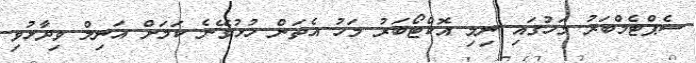
ސެޕްޓެމްބަރު މަހުގައި ނިމި އޮކްޓޯބަރު މަހު އެތަން ހުޅުވޭނެ ކަމަށް އަނިލް ވިދާޅުވި